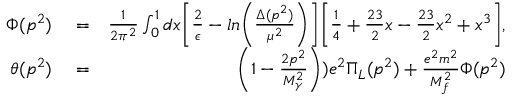
\begin{array} { r l r } { \Phi ( p ^ { 2 } ) } & { { } = } & { \frac { 1 } { 2 \pi ^ { 2 } } \int _ { 0 } ^ { 1 } d x \biggl [ \frac { 2 } { \epsilon } - l n \biggl ( \frac { \Delta ( p ^ { 2 } ) } { \mu ^ { 2 } } \biggr ) \biggr ] \biggl [ \frac { 1 } { 4 } + \frac { 2 3 } { 2 } x - \frac { 2 3 } { 2 } x ^ { 2 } + x ^ { 3 } \biggr ] , } \\ { \theta ( p ^ { 2 } ) } & { { } = } & { \biggl ( 1 - \frac { 2 p ^ { 2 } } { M _ { \gamma } ^ { 2 } } \biggr ) ) e ^ { 2 } \Pi _ { L } ( p ^ { 2 } ) + \frac { e ^ { 2 } m ^ { 2 } } { M _ { f } ^ { 2 } } \Phi ( p ^ { 2 } ) } \end{array}